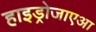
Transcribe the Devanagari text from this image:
हाइड्रोजाएआ